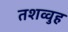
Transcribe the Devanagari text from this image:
तशव्वुह